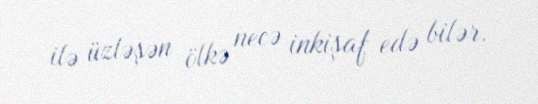
ilə üzləşən ölkə necə inkişaf edə bilər.